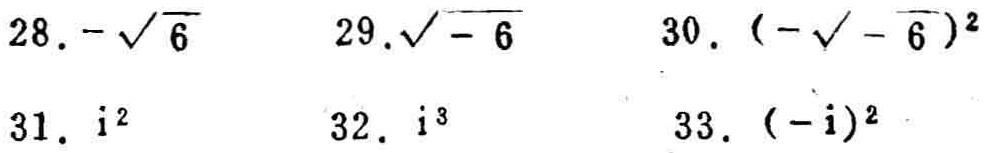
28. \(-\sqrt{6}\)
29. \(\sqrt{-6}\)
30. \((-\sqrt{-6})^2\)
31. \(i^2\)
32. \(i^3\)
33. \((-i)^2\)